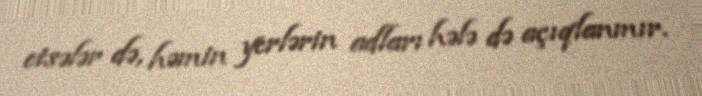
etsələr də, həmin yerlərin adları hələ də açıqlanmır.